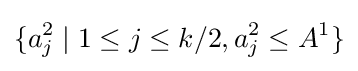
\{a_{j}^{2}\mid 1\leq j\leq k/2,a_{j}^{2}\leq A^{1}\}